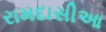
રામદાસીઆ